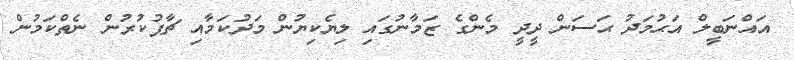
އައްނަބީލް އަޙުމަދު ޙަސަން ދީދީ މެންގެ ޒަމާނުގައި ލިޔެކިޔުން މަދުކަމާއި ޗާޕުކުރުން ނެތްކަމުން